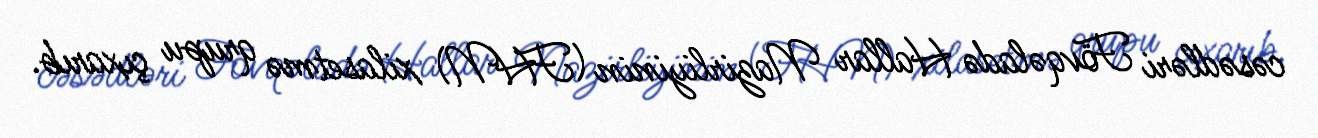
cəsədləri Fövqəladə Hallar Nazirliyinin (FHN) xilasetmə qrupu çıxarıb.